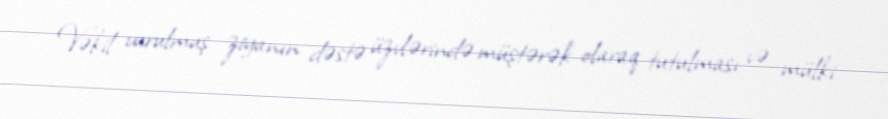
Vəkil vurulmuş ziyanın dəstə üzvlərində müştərək olaraq tutulması və mülki